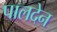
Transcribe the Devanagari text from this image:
पालदेन